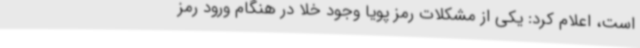
است، اعلام کرد: یکی از مشکلات رمز پویا وجود خلا در هنگام ورود رمز